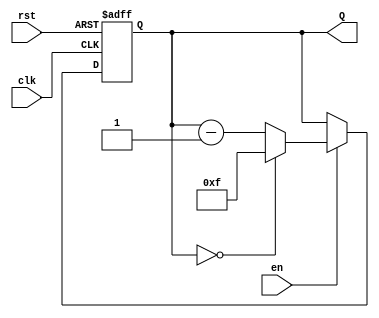
module binary_down_counter #(
    parameter n = 4  // Number of bits for the counter
)(
    input wire clk,    // Clock signal
    input wire rst,    // Asynchronous reset signal
    input wire en,     // Enable signal
    output reg [n-1:0] Q  // Current count value
);

// Maximum value for the counter
localparam MAX_COUNT = (1 << n) - 1; // 2^n - 1

// Always block for the counter behavior
always @(posedge clk or posedge rst) begin
    if (rst) begin
        Q <= MAX_COUNT;  // Reset to maximum value
    end else if (en) begin
        if (Q == 0) begin
            Q <= MAX_COUNT;  // Roll over to maximum value
        end else begin
            Q <= Q - 1;      // Decrement the counter
        end
    end
end

endmodule